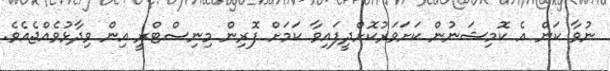
ނުވާ ކަން އެ ކޮމިޝަނުން ކަށަވަރުކޮށްދީފައިވާ ކަމަށް ފޮރިން މިިނިސްޓްރީ އިން ވިދާޅުވެއްޖެއެވެ.